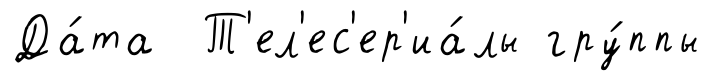
Да́та Т'ел'ес'ер'иа́лы гру́ппы